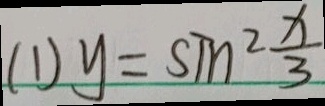
( 1 ) y = \sin ^ { 2 } \frac { x } { 3 }